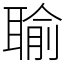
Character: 𦖭